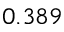
0 . 3 8 9